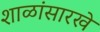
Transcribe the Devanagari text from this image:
शाळांसारखे